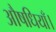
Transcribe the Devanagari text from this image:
औषधियाँ।